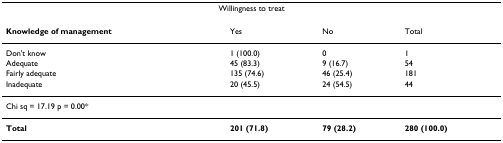
| <COLSPAN=4> Willingness to treat |
 | --- | --- | --- | --- |
 | Knowledge of management | Yes | No | Total |
 | Don't know | 1 (100.0) | 0 | 1 |
 | Adequate | 45 (83.3) | 9 (16.7) | 54 |
 | Fairly adequate | 135 (74.6) | 46 (25.4) | 181 |
 | Inadequate | 20 (45.5) | 24 (54.5) | 44 |
 | <COLSPAN=4> Chi sq = 17.19 p = 0.00* |
 | Total | 201 (71.8) | 79 (28.2) | 280 (100.0) |